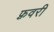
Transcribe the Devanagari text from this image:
फ़्रवरी